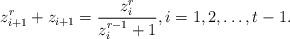
LaTeX: \begin{align*} z_{i+1}^r+z_{i+1}=\frac{z_i^{r}}{z_i^{r-1}+1},i=1,2,\dots,t-1.\end{align*}